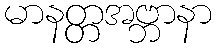
မာနတ္တအဗ္ဘာနာ